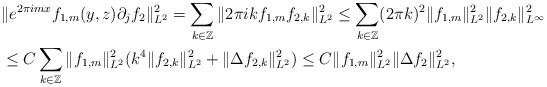
LaTeX: \begin{align*}&\|e^{2\pi imx}f_{1,m}(y,z)\partial_jf_2\|_{L^2}^2=\sum\limits_{k\in\mathbb{Z}}\|2\pi ikf_{1,m}f_{2,k}\|_{L^2}^2\leq\sum\limits_{k\in\mathbb{Z}}(2\pi k)^2\|f_{1,m}\|_{L^2}^2\|f_{2,k}\|_{L^{\infty}}^2\\ &\leq C\sum\limits_{k\in\mathbb{Z}}\|f_{1,m}\|_{L^2}^2(k^4\|f_{2,k}\|_{L^2}^2+\|\Delta f_{2,k}\|_{L^2}^2)\leq C\|f_{1,m}\|_{L^2}^2\|\Delta f_2\|_{L^2}^2,\end{align*}